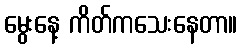
မွေးနေ့ ကိတ်ကသေးနေတာ။